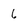
Character: 6